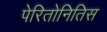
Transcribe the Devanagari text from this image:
पेरितोनितिस